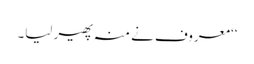
‘‘معروف نے منہ پھیر لیا۔